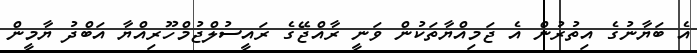
އެ ބަޔާނުގެ އިތުރުން އެ ޖަމިއްޔާތަކުން ވަނީ ރާއްޖޭގެ ރައީސުލްޖުމްހޫރިއްޔާ އަބްދު ޔާމީން